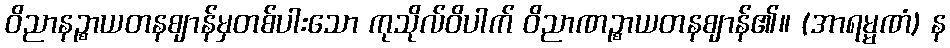
ဝိညာနဉ္စာယတနဈာန်မှတစ်ပါးသော ကုသိုလ်ဝိပါက် ဝိညာဏဉ္စာယတနဈာန်၏။ (အာရမ္မဏံ) န